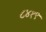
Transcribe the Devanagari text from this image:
८४१९